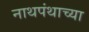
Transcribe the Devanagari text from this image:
नाथपंथाच्या